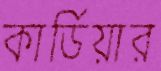
কার্ডিয়ার